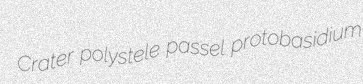
Crater polystele passel protobasidium